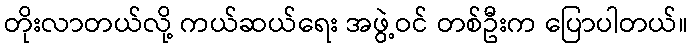
တိုးလာတယ်လို့ ကယ်ဆယ်ရေး အဖွဲ့ဝင် တစ်ဦးက ပြောပါတယ်။